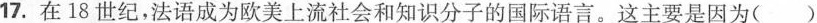
17. 在18世纪，法语成为欧美上流社会和知识分子的国际语言。这主要是因为()